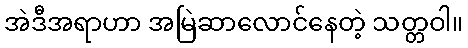
အဲဒီအရာဟာ အမြဲဆာလောင်နေတဲ့ သတ္တဝါ။